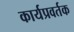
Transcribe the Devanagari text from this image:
कार्यप्रवर्तक